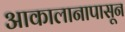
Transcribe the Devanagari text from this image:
आकालानापासून